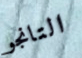
التانجو